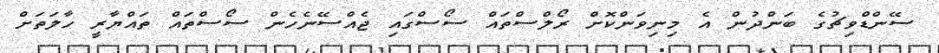
ސޭންޑްވިޗުގެ ބަންދުން އެ މިނިވަންކޮށް ރޯލްސްތައް ސޯސްގައި ޖެއްސޭނެހެން ސޯސްތައް ތައްޔާރީ ހާލަތަށް